Senior Leaving Certificate Examination (including Day School Certificate (Higher) General paper), 1949
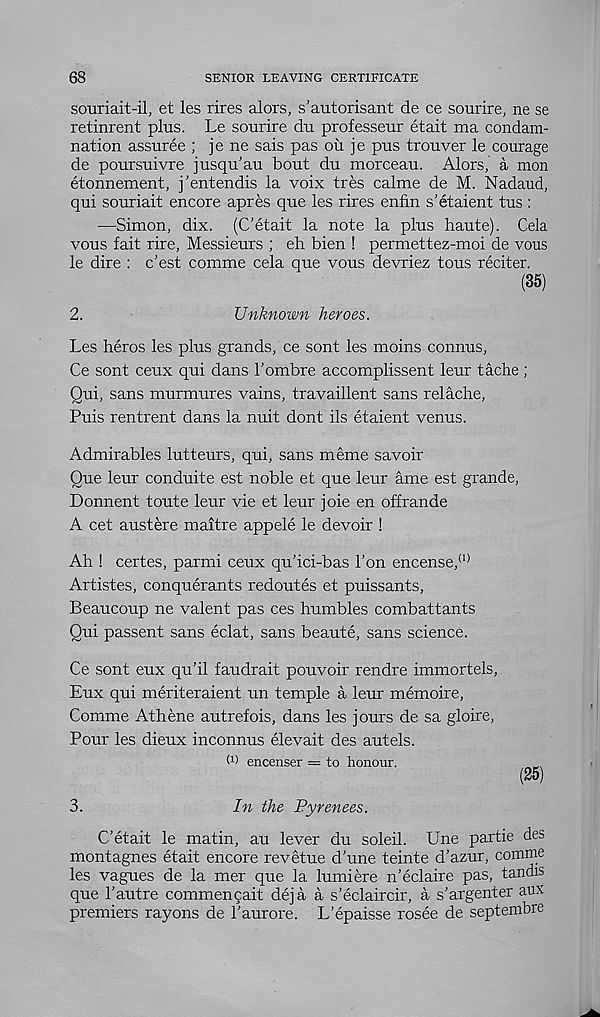
68
SENIOR LEAVING CERTIFICATE
souriait-il, et les rires alors, s’autorisant de ce sourire, ne se
retinrent plus. Le sourire du professeur etait ma condam-
nation assuree ; je ne sais pas ou je pus trouver le courage
de poursuivre jusqu'au bout du morceau. Alors, a mon
etonnement, j'entendis la voix tres calme de M. Nadaud,
qui souriait encore apres que les rires enfin s'etaient tus :
—Simon, dix. (C’etait la note la plus haute). Cela
vous fait rire, Messieurs ; eh bien ! permettez-moi de vous
le dire : c'est comme cela que vous devriez tous reciter.
(35)
2.
Unknown heroes.
Les heros les plus grands, ce sont les moins connus,
Ce sont ceux qui dans I’ombre accomplissent leur tache ;
Qui, sans murmures vains, travaillent sans relache,
Puis rentrent dans la nuit dont ils etaient venus.
Admirables lutteurs, qui, sans meme savoir
Oue leur conduite est noble et que leur ame est grande,
Donnent toute leur vie et leur joie en offrande
A cet austere maitre appele le devoir !
Ah ! certes, parmi ceux qu'ici-bas Ton encense, (1)
Artistes, conquerants redoutes et puissants,
Beaucoup ne valent pas ces humbles combattants
Qui passent sans eclat, sans beaute, sans science.
Ce sont eux qu’il faudrait pouvoir rendre immortels,
Eux qui meriteraient un temple a leur memoire,
Comme Athene autrefois, dans les jours de sa gloire,
Pour les dieux inconnus elevait des autels.
W encenser = to honour.
(25)
3.
In the Pyrenees.
C’etait le matin, au lever du soleil. Une partie des
montagnes etait encore revetue d’une teinte d’azur, comme
les vagues de la mer que la lumiere n’eclaire pas, tandis
que 1’autre commencait deja a s’eclaircir, a s’argenter aux
premiers rayons de 1’aurore. L’epaisse rosee de septembre